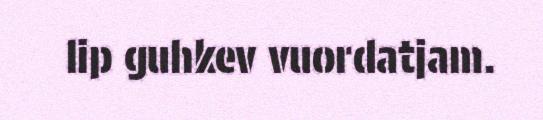
lip guhkev vuordatjam.